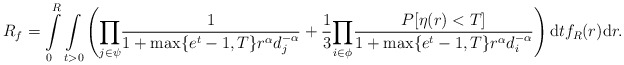
\begin{align*} R_f = \int\limits_{0}^{R}\underset{t>0}\int\left(\underset{j \in \psi}\prod\frac{1}{1+\max\{e^t-1,T\} r^\alpha d_j^{-\alpha}}+\frac{1}{3}\underset{i \in \phi}\prod\frac{P[\eta(r)<T]}{1+\max\{e^t-1,T\}r^\alpha d_i^{-\alpha}}\right)\mathrm{d}tf_R(r)\mathrm{d}r.\end{align*}